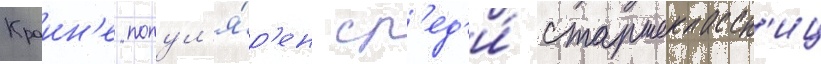
Краин'е попул'я́р'ен ср'ед'и́ старшеклассн'иц